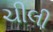
ચીલી